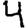
Digit: 4